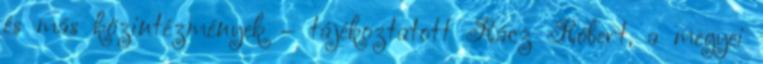
és más közintézmények – tájékoztatott Rácz Róbert, a megyei